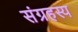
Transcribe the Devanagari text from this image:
संग्रहस्य